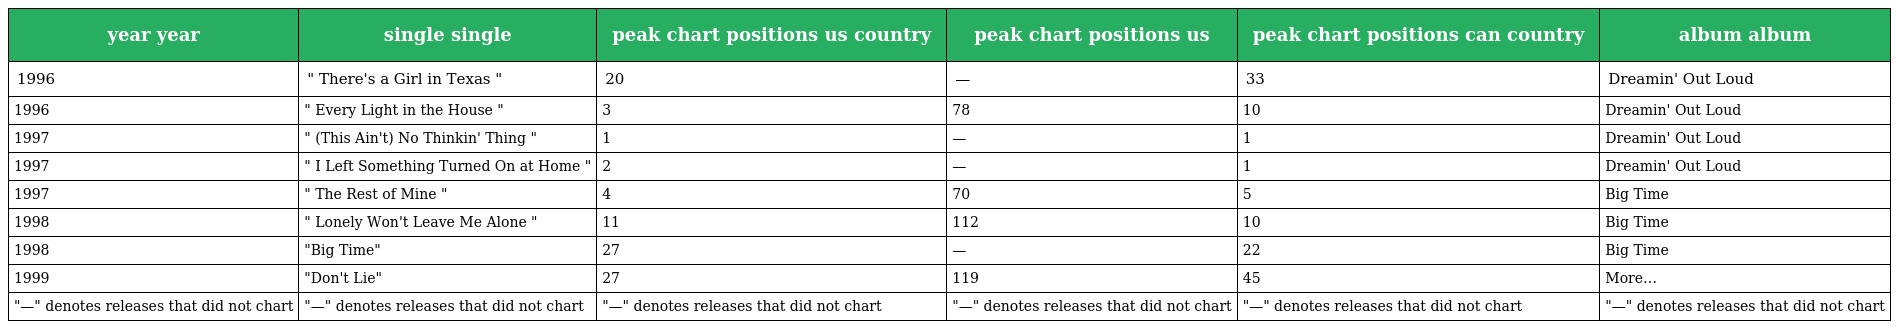
| year year | single single | peak chart positions us country | peak chart positions us | peak chart positions can country | album album |
 | --- | --- | --- | --- | --- | --- |
 | 1996 | " There's a Girl in Texas " | 20 | — | 33 | Dreamin' Out Loud |
 | 1996 | " Every Light in the House " | 3 | 78 | 10 | Dreamin' Out Loud |
 | 1997 | " (This Ain't) No Thinkin' Thing " | 1 | — | 1 | Dreamin' Out Loud |
 | 1997 | " I Left Something Turned On at Home " | 2 | — | 1 | Dreamin' Out Loud |
 | 1997 | " The Rest of Mine " | 4 | 70 | 5 | Big Time |
 | 1998 | " Lonely Won't Leave Me Alone " | 11 | 112 | 10 | Big Time |
 | 1998 | "Big Time" | 27 | — | 22 | Big Time |
 | 1999 | "Don't Lie" | 27 | 119 | 45 | More… |
 | "—" denotes releases that did not chart | "—" denotes releases that did not chart | "—" denotes releases that did not chart | "—" denotes releases that did not chart | "—" denotes releases that did not chart | "—" denotes releases that did not chart |